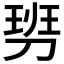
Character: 𠞢